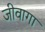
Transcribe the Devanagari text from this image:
जीवागा